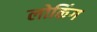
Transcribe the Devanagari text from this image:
लोकिंग